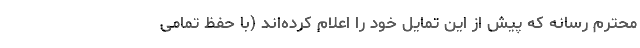
محترم رسانه که پیش از این تمایل خود را اعلام کرده‌اند (با حفظ تمامی